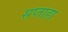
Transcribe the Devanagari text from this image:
सप्ताहा